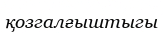
қозгалғыштыгы